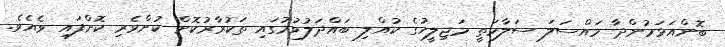
ބޮންއަޅަމުންދާ މައްސަލަ ސަލާމަތީ މަޖިލީހުގެ ކުއްލި ބައްދަލުވުމުގައި ތަކުރާރުކޮށް ކުށްވެރި ކޮށްފައި ވެއެވެ.